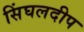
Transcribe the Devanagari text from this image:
सिंघलदीप